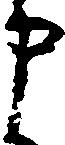
申